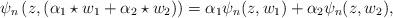
LaTeX: \begin{align*}\psi_n\left(z, (\alpha_1\star w_1 + \alpha_2\star w_2)\right) = \alpha_1 \psi_n(z,w_1)+ \alpha_2 \psi_n (z,w_2),\end{align*}